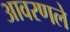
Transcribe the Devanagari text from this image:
आवरणले